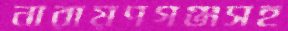
নারায়ণগঞ্জসহ